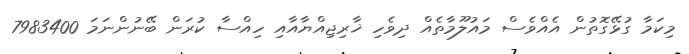
މިކަމާ ގުޅޭގޮތުން އެއްވެސް މައުލޫމާތެއް ދިވެހި ޚާރިޖިއްޔާއާއި ހިއްސާ ކުރަން ބޭނުންނަމަ 7983400